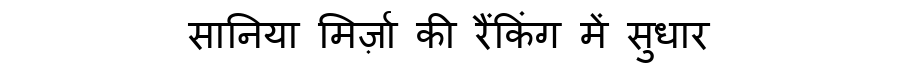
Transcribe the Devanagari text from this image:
सानिया मिर्ज़ा की रैंकिंग में सुधार